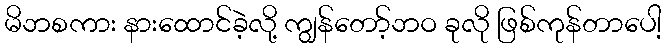
မိဘစကား နားထောင်ခဲ့လို့ ကျွန်တော့်ဘဝ ခုလို ဖြစ်ကုန်တာပေါ့